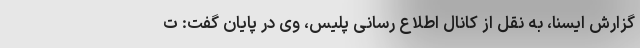
گزارش ایسنا، به نقل از کانال اطلاع رسانی پلیس، وی در پایان گفت: ت